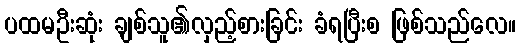
ပထမဦးဆုံး ချစ်သူ၏လှည့်စားခြင်း ခံရပြီးစ ဖြစ်သည်လေ။